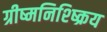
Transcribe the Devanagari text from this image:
ग्रीष्मनिश्ष्क्रिय